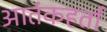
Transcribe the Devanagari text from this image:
आतंकहर्ता